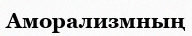
Аморализмның